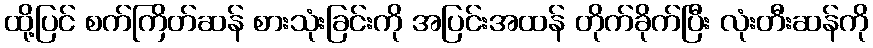
ထို့ပြင် စက်ကြိတ်ဆန် စားသုံးခြင်းကို အပြင်းအထန် တိုက်ခိုက်ပြီး လုံးတီးဆန်ကို